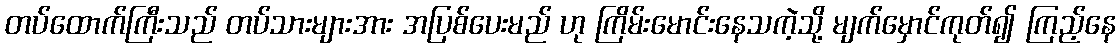
တပ်ထောက်ကြီးသည် တပ်သားများအား အပြစ်ပေးမည် ဟု ကြိမ်းမောင်းနေသကဲ့သို့ မျက်မှောင်ကုတ်၍ ကြည့်နေ